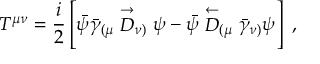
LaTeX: T ^ { \mu \nu } = { \frac { i } { 2 } } \left[ \bar { \psi } \bar { \gamma } _ { ( \mu } \stackrel { \rightarrow } { D } _ { \nu ) } \psi - \bar { \psi } \stackrel { \leftarrow } { D } _ { ( \mu } \bar { \gamma } _ { \nu ) } \psi \right] ~ ,